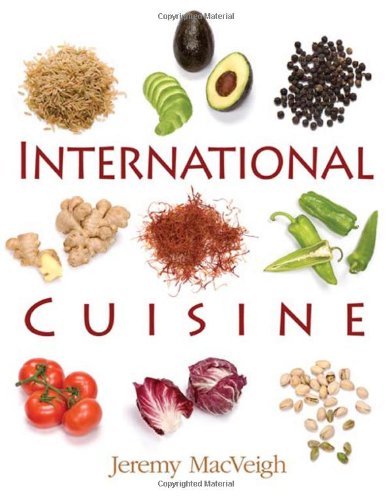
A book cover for International Cuisine; Jeremy MacVeigh; Cookbooks, Food & Wine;